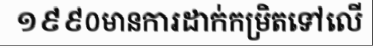
១៩៩០មានការដាក់កម្រិតទៅលើ